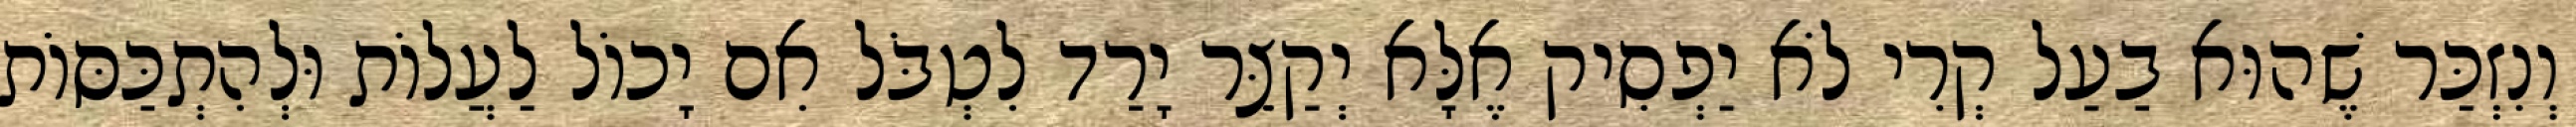
וְנִזְכַּר שֶׁהוּא בַעַל קְרִי לֹא יַפְסִיק אֶלָּא יְקַצֵּר יָרַד לִטְבֹּל אִם יָכוֹל לַעֲלוֹת וּלְהִתְכַּסּוֹת